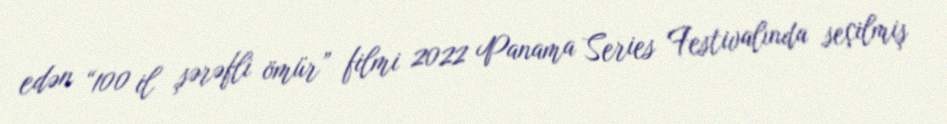
edən “100 il şərəfli ömür” filmi 2022 Panama Series Festivalında seçilmiş